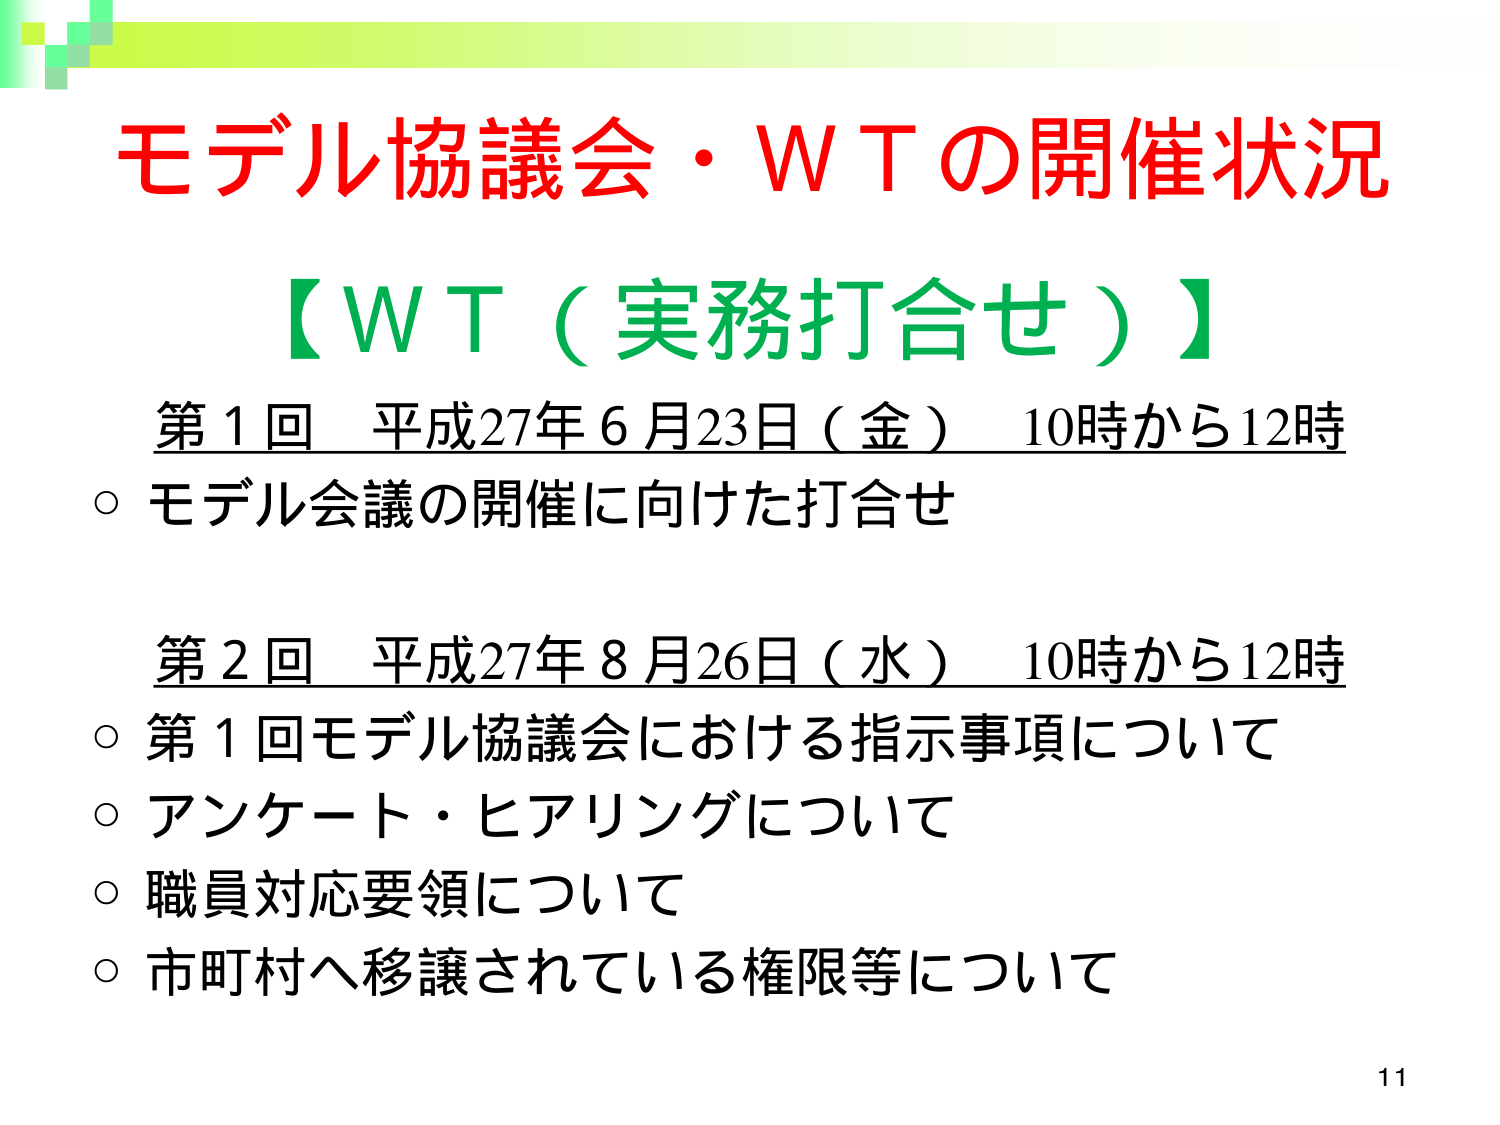
モデル協議会・ＷＴの開催状況
【ＷＴ（実務打合せ）】
第１回 平成27年６月23日（金） 10時から12時
○ モデル会議の開催に向けた打合せ

第２回 平成27年８月26日（水） 10時から12時
○ 第１回モデル協議会における指示事項について
○ アンケート・ヒアリングについて
○ 職員対応要領について
○ 市町村へ移譲されている権限等について

11